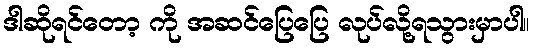
ဒါဆိုရင်တော့ ကို အဆင်ပြေပြေ လုပ်လို့ရသွားမှာပါ။